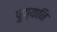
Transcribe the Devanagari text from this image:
पुण्यानि